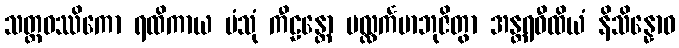
သတ္တဝဿိကော ရထိကာယ ပံသုံ ကီဠန္တော ပလ္လင်္ကမာဘုဇိတွာ အန္တရဝီထိယံ နိသိန္နောဝ